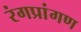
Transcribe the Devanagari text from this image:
रंगप्रांगण